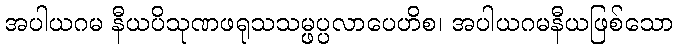
အပါယဂမ နီယပိသုဏဖရုသသမ္ဖပ္ပလာပေဟိစ၊ အပါယဂမနီယဖြစ်သော